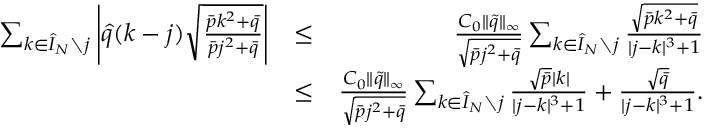
\begin{array} { r l r } { \sum _ { k \in \hat { I } _ { N } \setminus j } \left| \hat { q } ( k - j ) \sqrt { \frac { \bar { p } k ^ { 2 } + \bar { q } } { \bar { p } j ^ { 2 } + \bar { q } } } \right| } & { \leq } & { \frac { C _ { 0 } \| \tilde { q } \| _ { \infty } } { \sqrt { \bar { p } j ^ { 2 } + \bar { q } } } \sum _ { k \in \hat { I } _ { N } \setminus j } \frac { \sqrt { \bar { p } k ^ { 2 } + \bar { q } } } { | j - k | ^ { 3 } + 1 } } \\ & { \leq } & { \frac { C _ { 0 } \| \tilde { q } \| _ { \infty } } { \sqrt { \bar { p } j ^ { 2 } + \bar { q } } } \sum _ { k \in \hat { I } _ { N } \setminus j } \frac { \sqrt { \bar { p } } | k | } { | j - k | ^ { 3 } + 1 } + \frac { \sqrt { \bar { q } } } { | j - k | ^ { 3 } + 1 } . } \end{array}